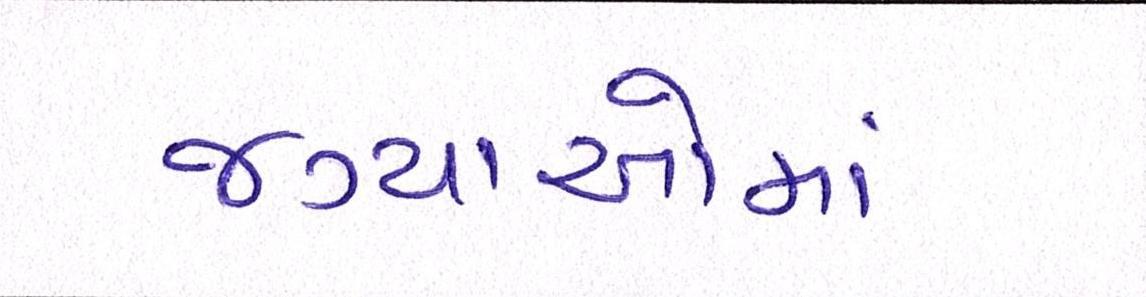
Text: જગ્યાઓમાં